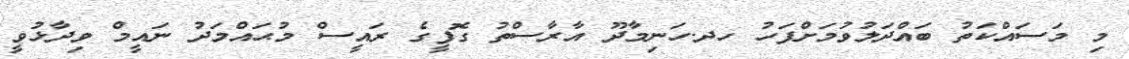
މި މަސައްކަތު ބައްދަލުވުމަށްފަހު ހދ.ހަނިމާދޫ އާރާސްތު ގޮފީގެ ރައީސް މުޙައްމަދު ނައީމް ވިދާޅުވީ